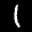
Label: 1